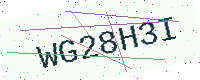
Text: WG28H3I